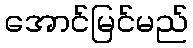
အောင်မြင်မည်